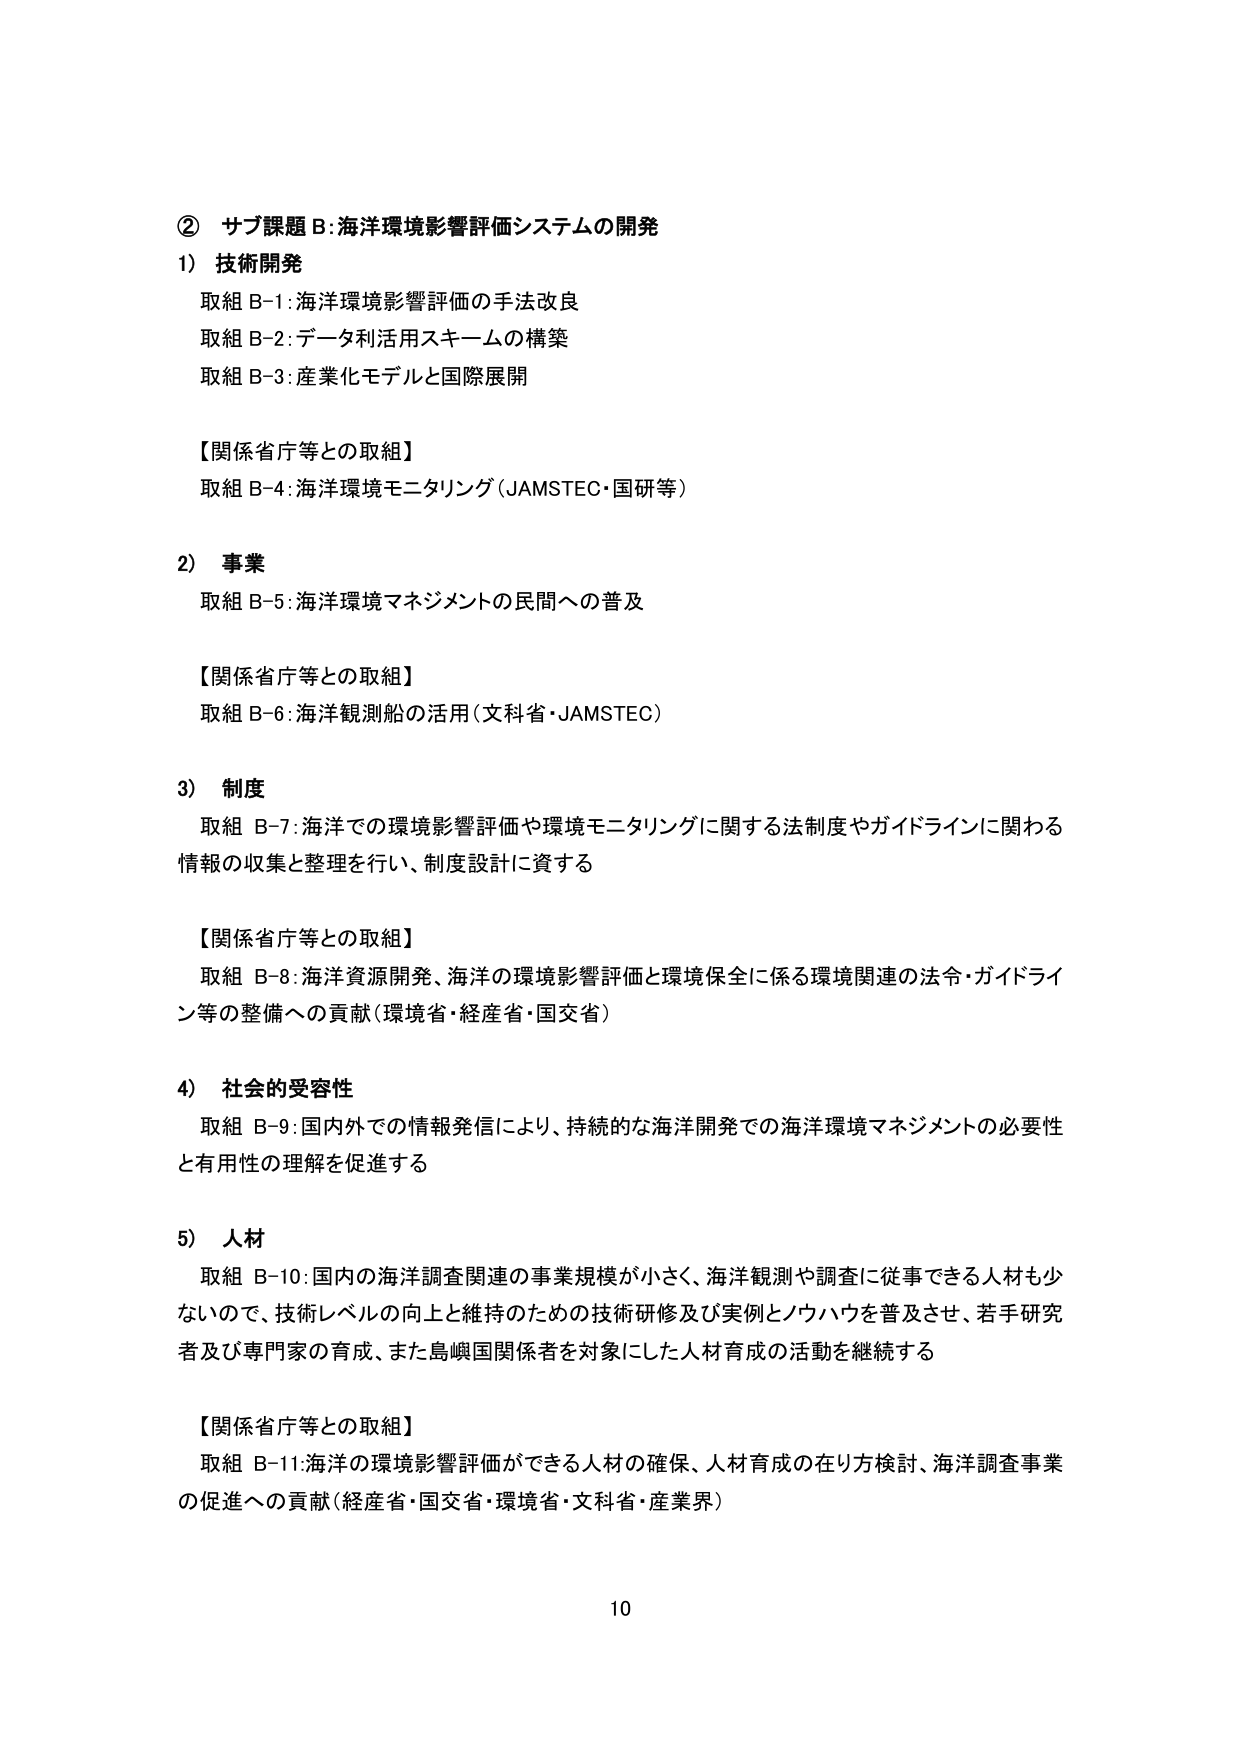
② サブ課題B:海洋環境影響評価システムの開発
1) 技術開発
取組 B-1:海洋環境影響評価の手法改良
取組 B-2:データ利活用スキームの構築
取組 B-3:産業化モデルと国際展開

【関係省庁等との取組】
取組 B-4:海洋環境モニタリング（JAMSTEC・国研等）

2) 事業
取組 B-5:海洋環境マネジメントの民間への普及

【関係省庁等との取組】
取組 B-6:海洋観測船の活用（文科省・JAMSTEC）

3) 制度
取組 B-7:海洋での環境影響評価や環境モニタリングに関する法制度やガイドラインに関わる
情報の収集と整理を行い、制度設計に資する

【関係省庁等との取組】
取組 B-8:海洋資源開発、海洋の環境影響評価と環境保全に係る環境関連の法令・ガイドライン等の整備への貢献（環境省・経産省・国交省）

4) 社会的受容性
取組 B-9:国内外での情報発信により、持続的な海洋開発での海洋環境マネジメントの必要性と有用性の理解を促進する

5) 人材
取組 B-10:国内の海洋調査関連の事業規模が小さく、海洋観測や調査に従事できる人材も少ないため、技術レベルの向上と維持のための技術研修及び実例とノウハウを普及させ、若手研究者及び専門家の育成、また島嶼国関係者を対象にした人材育成の活動を継続する

【関係省庁等との取組】
取組 B-11:海洋の環境影響評価ができる人材の確保、人材育成の在り方検討、海洋調査事業の促進への貢献（経産省・国交省・環境省・文科省・産業界）

10